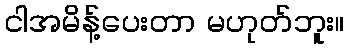
ငါအမိန့်ပေးတာ မဟုတ်ဘူး။